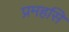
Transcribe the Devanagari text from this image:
प्रमहसि